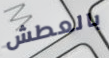
بالعطش